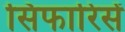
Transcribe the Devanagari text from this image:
सिफारिसें